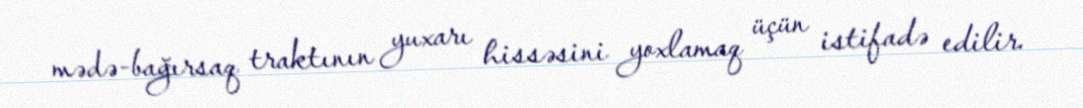
mədə-bağırsaq traktının yuxarı hissəsini yoxlamaq üçün istifadə edilir.